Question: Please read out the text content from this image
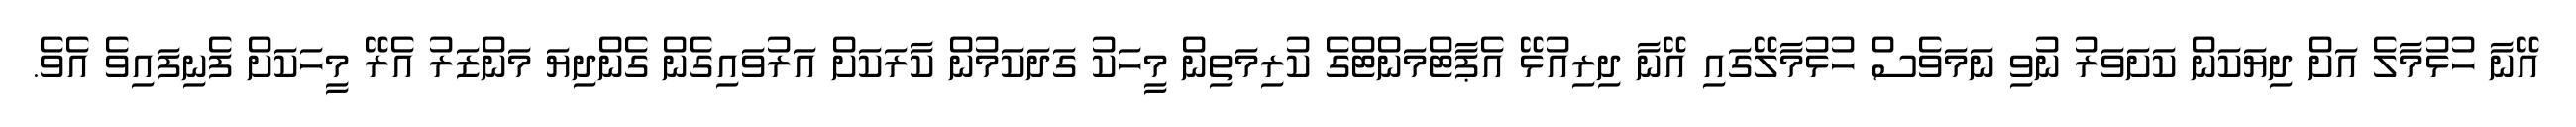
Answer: އޭނާ ހުޅުމާލެ އަށް ދިޔަކަން ކަށަވަރު ނުވި ނަމަވެސް ހުޅުމާލޭގައި އޭނާ ދިރިއުޅޭ އެޕާޓްމަންޓްގެ ކުރިމަތިން މީހަކު ގަދަކަމުން ކާރަކަށް އަރުވައިގެން ގެންދިޔަ މަންޒަރު އެރޭ މީހަކަށް ފެނިފައިވެ އެވެ.